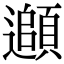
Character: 𩔦